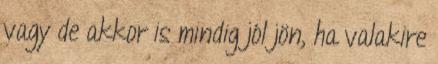
vagy de akkor is mindig jól jön, ha valakire